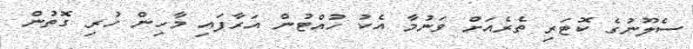
ސެލޫނުގެ ކޮޓަރި ތެރެއަށް ވަނުމާ އެކު ހުއްޓުން އަރާފައި މާހިން ހުރި ގޮތުން